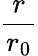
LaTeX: \frac{r}{r_{0}}